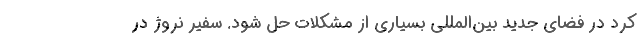
کرد در فضای جدید بین‌المللی بسیاری از مشکلات حل شود. سفیر نروژ در